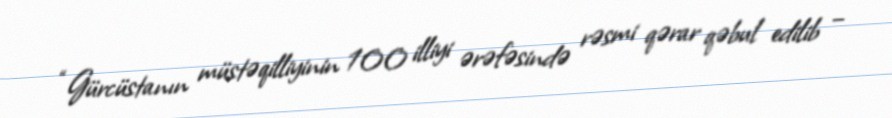
“Gürcüstanın müstəqilliyinin 100 illiyi ərəfəsində rəsmi qərar qəbul edilib –